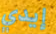
إيدي